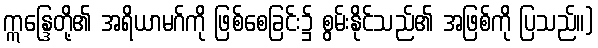
ဣန္ဒြေတို့၏ အရိယာမဂ်ကို ဖြစ်စေခြင်း၌ စွမ်းနိုင်သည်၏ အဖြစ်ကို ပြသည်။)